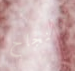
بالنجاح